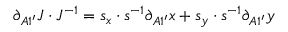
\partial _ { A 1 ^ { \prime } } J \cdot J ^ { - 1 } = s _ { x } \cdot s ^ { - 1 } \partial _ { A 1 ^ { \prime } } x + s _ { y } \cdot s ^ { - 1 } \partial _ { A 1 ^ { \prime } } y